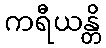
ကရီယန္တိ